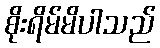
စိုးရိမ်မိပါသည်